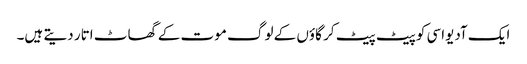
ایک آدیواسی کو پیٹ پیٹ کر گاؤں کے لوگ موت کے گھاٹ اتار دیتے ہیں۔